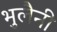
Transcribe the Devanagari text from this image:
भुलैनी